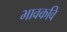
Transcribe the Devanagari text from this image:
भावकवि